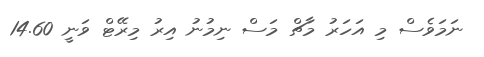
ނަމަވެސް މި އަހަރު މާޗް މަސް ނިމުނު އިރު މިރޭޓް ވަނީ 14.60